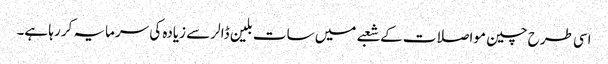
اسی طرح چین مواصلات کے شعبے میں سات بلین ڈالر سے زیادہ کی سرمایہ کر رہا ہے۔